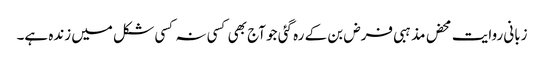
زبانی روایت محض مذہبی فرض بن کے رہ گئی جو آج بھی کسی نہ کسی شکل میں زندہ ہے۔